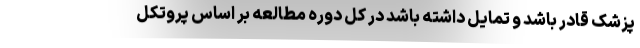
پزشک قادر باشد و تمایل داشته باشد در کل دوره مطالعه بر اساس پروتکل